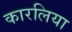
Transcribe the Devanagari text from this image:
कारलिया